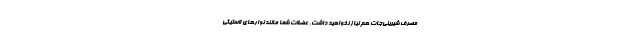
مصرف شیرینی‌جات هم نیاز نخواهید داشت. عضلات شما مانند نوارهای لاستیکی